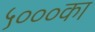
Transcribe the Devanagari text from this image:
५०००का